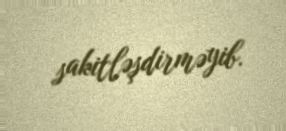
sakitləşdirməyib.